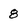
Character: 8